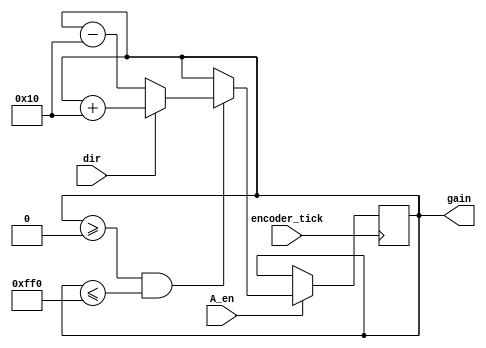
module aCounter(encoder_tick, dir, A_en, gain);

input encoder_tick, dir, A_en; 
output reg [11:0] gain;

initial
	begin
		gain = 12'b100000000000;    
	end	

always @ (posedge encoder_tick) 
	begin							
		if (A_en)
			begin
				if (gain >= 12'b000000000000 && gain <= 12'b111111110000)
					begin
						if (dir)      
							begin 
								gain <= gain + 12'b000000010000;			
							end
						else	
							begin
								gain <= gain - 12'b000000010000;			
							end
					end
			end
	end
	
endmodule